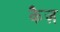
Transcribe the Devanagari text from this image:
कैज़